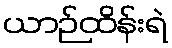
ယာဉ်ထိန်းရဲ